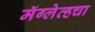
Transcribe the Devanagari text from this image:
मॅग्लेव्हचा